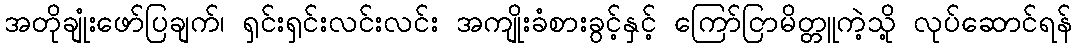
အတိုချုံးဖော်ပြချက်၊ ရှင်းရှင်းလင်းလင်း အကျိုးခံစားခွင့်နှင့် ကြော်ငြာမိတ္တူကဲ့သို့ လုပ်ဆောင်ရန်